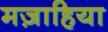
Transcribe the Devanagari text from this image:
मज़ाहिया